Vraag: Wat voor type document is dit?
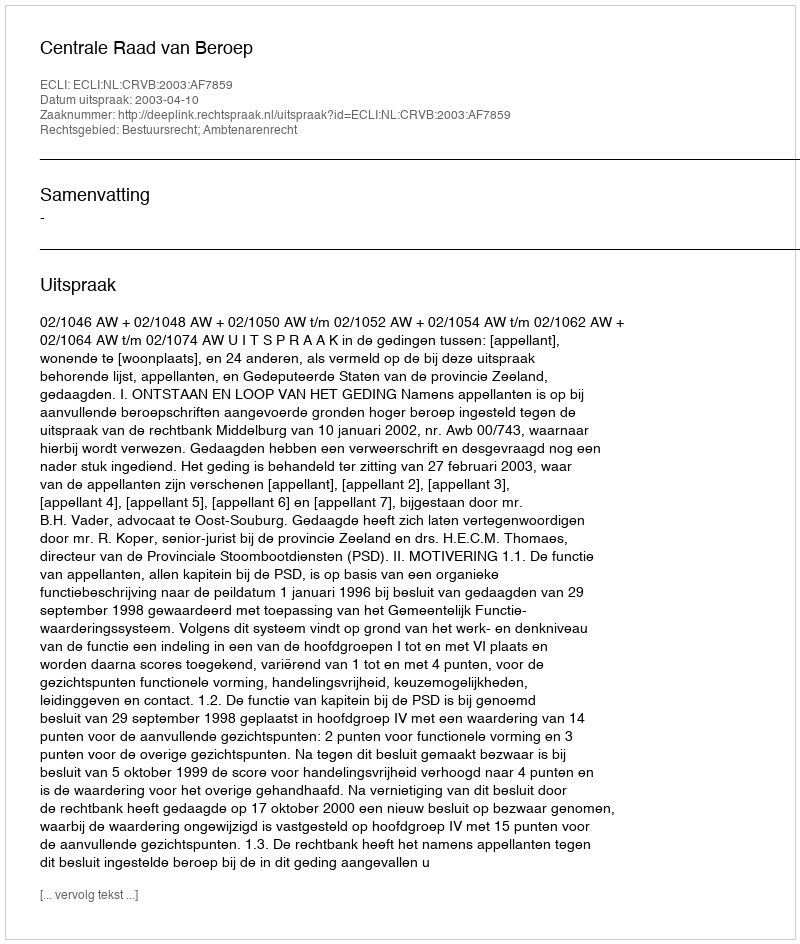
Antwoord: Uitspraak